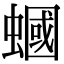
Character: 蟈